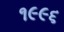
૧૯૯૬